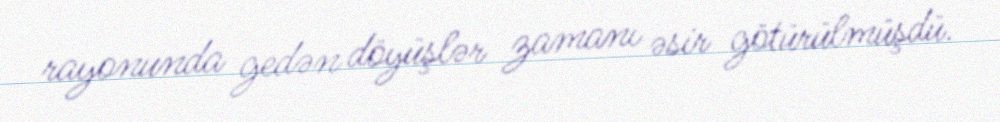
rayonunda gedən döyüşlər zamanı əsir götürülmüşdü.